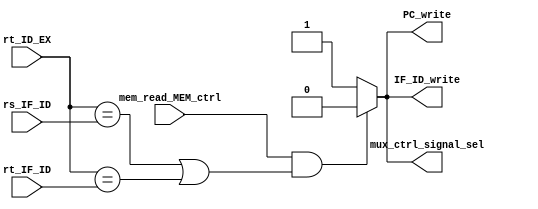
`timescale 1ns / 1ps
//////////////////////////////////////////////////////////////////////////////////
// Company: 
// Engineer: 
// 
// Design Name: 
// Module Name:    hazard_detector_unit 
// Project Name: 
// Target Devices: 
// Tool versions: 
// Description: 
//
// Dependencies: 
//
// Revision: 
// Revision 0.01 - File Created
// Additional Comments: 
//
//////////////////////////////////////////////////////////////////////////////////
module hazard_detection_unit(input mem_read_MEM_ctrl,
										input [4:0] rs_IF_ID,
										input [4:0] rt_IF_ID,
										input [4:0] rt_ID_EX,
										output reg PC_write,
										output reg mux_ctrl_signal_sel,
										output reg IF_ID_write
										);
										
initial mux_ctrl_signal_sel = 1;
initial PC_write = 1;
initial IF_ID_write = 1;

always @ *
begin
	if( mem_read_MEM_ctrl
	&& ((rt_ID_EX == rs_IF_ID)
	||(rt_ID_EX == rt_IF_ID)))
		begin
			PC_write <= 0;
			mux_ctrl_signal_sel <= 0;
			IF_ID_write <= 0;
		end
	else
		begin
			PC_write <= 1;
			mux_ctrl_signal_sel <= 1;
			IF_ID_write <= 1;
		end
end

endmodule